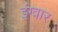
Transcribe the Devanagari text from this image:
इंग्वार